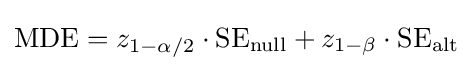
{\text{MDE}}=z_{1-\alpha /2}\cdot {\text{SE}}_{\text{null}}+z_{1-\beta }\cdot {\text{SE}}_{\text{alt}}